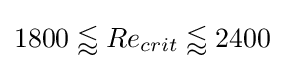
1800\lessapprox Re_{crit}\lessapprox 2400